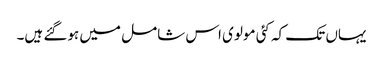
یہاں تک کہ کئی مولوی اس شامل میں ہوگئے ہیں۔